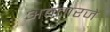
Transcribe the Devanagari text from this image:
अवतारजे